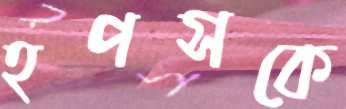
হপসকে